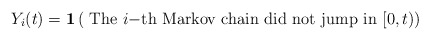
\begin{align*} Y_i(t)= \mathbf{1}\left(\mbox{ The $i-$th Markov chain did not jump in $[0,t)$}\right)\end{align*}